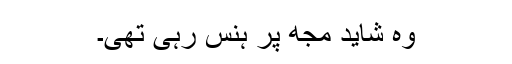
وہ شاید مجھ پر ہنس رہی تھی۔